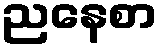
ညနေစာ